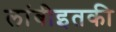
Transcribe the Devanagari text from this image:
लांबीइतकी